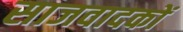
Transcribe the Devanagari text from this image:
साजवादकों